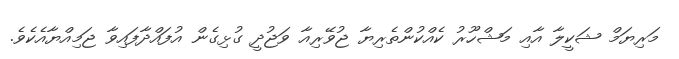
މަރިޔަމް ޝަކީލާ އާއި މަޝްހޫރު ކެއްކުންތެރިޔާ ޖުވޭރިއާ ވަޖުދީ ގުޅިގެން އުފައްދާފައިވާ ޖަމިއްޔާއެކެވެ.